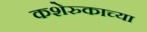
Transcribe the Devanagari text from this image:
कशेरुकाच्या